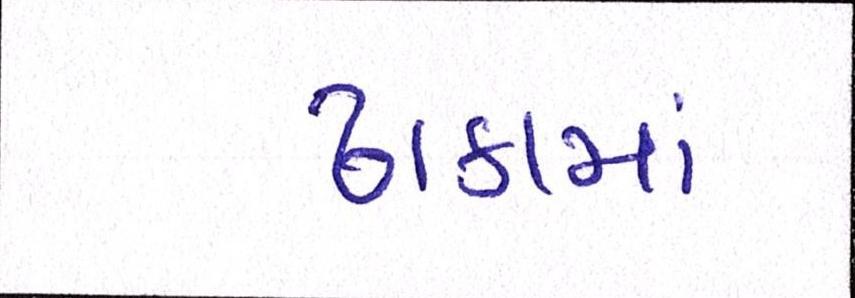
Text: ઢાકામાં